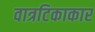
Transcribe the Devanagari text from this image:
वात्रटिकाकार